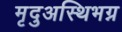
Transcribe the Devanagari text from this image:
मृदुअस्थिभग्न